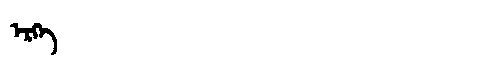
Manchu: ᡝᡵᡴᡝ
Romanization: ERKE